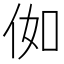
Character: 侞